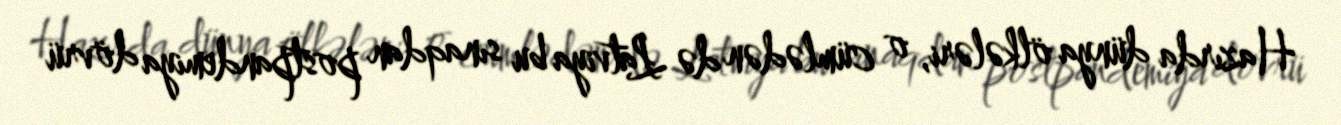
Hazırda dünya ölkələri, o cümlədən də Latviya bu sınaqdan postpandemiya dövrü